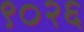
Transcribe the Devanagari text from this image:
९०२६